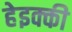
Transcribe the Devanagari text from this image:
हेइक्की